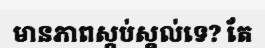
មានភាពស្កប់ស្គល់ទេ? តែ